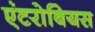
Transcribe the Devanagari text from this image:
एंटरोबियस